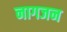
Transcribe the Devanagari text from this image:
नागजन